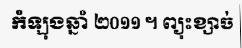
កំឡុងឆ្នាំ ២០១១ ។ ព្យុះខ្សាច់